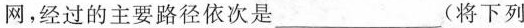
网，经过的主要路径依次是___(将下列